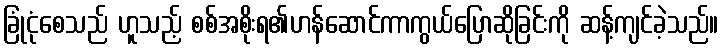
ခြုံငုံစေသည် ဟူသည့် စစ်အစိုးရ၏ဟန်ဆောင်ကာကွယ်ပြောဆိုခြင်းကို ဆန့်ကျင်ခဲ့သည်။